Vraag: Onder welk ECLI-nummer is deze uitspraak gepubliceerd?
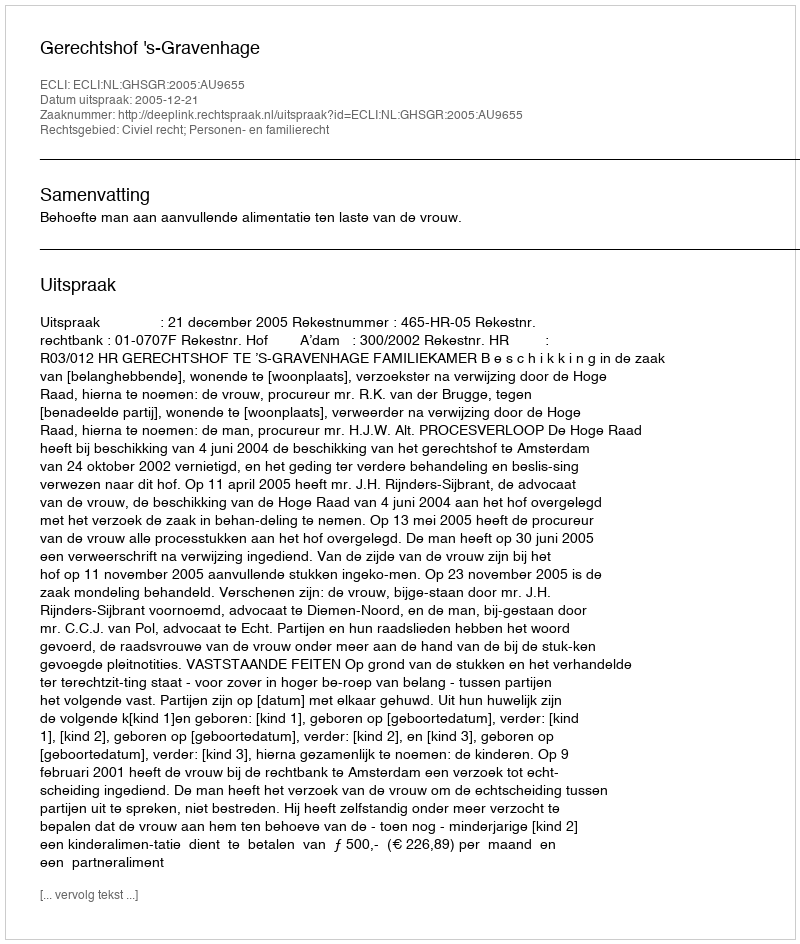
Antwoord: ECLI:NL:GHSGR:2005:AU9655